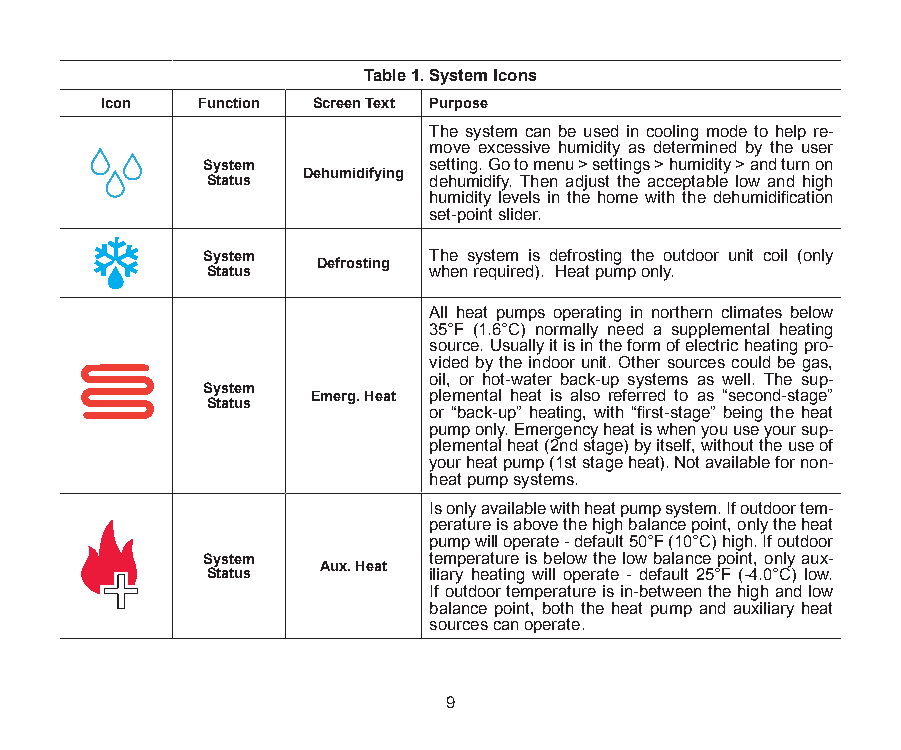
Table 1. System Icons
 Icon  Function Screen Text Purpose
 The system can be used in cooling mode to help re-
 move excessive humidity as determined by the user
 System         setting. Go to menu > settings > humidity > and turn on
 Dehumidifying
 Status        dehumidify. Then adjust the acceptable low and high
 humidity levels in the home with the dehumidification
 set-point slider.
 System         The system is defrosting the outdoor unit coil (only
 Defrosting
 Status        when required). Heat pump only.
 All heat pumps operating in northern climates below
 35°F (1.6°C) normally need a supplemental heating
 source. Usually it is in the form of electric heating pro-
 vided by the indoor unit. Other sources could be gas,
 oil, or hot-water back-up systems as well. The sup-
 System  Emerg. Heat plemental heat is also referred to as “second-stage”
 Status
 or “back-up” heating, with “first-stage” being the heat
 pump only. Emergency heat is when you use your sup-
 plemental heat (2nd stage) by itself, without the use of
 your heat pump (1st stage heat). Not available for non-
 heat pump systems.
 Is only available with heat pump system. If outdoor tem-
 perature is above the high balance point, only the heat
 pump will operate - default 50°F (10°C) high. If outdoor
 System         temperature is below the low balance point, only aux-
 Aux. Heat
 Status        iliary heating will operate - default 25°F (-4.0°C) low.
 If outdoor temperature is in-between the high and low
 balance point, both the heat pump and auxiliary heat
 sources can operate.
 9